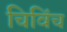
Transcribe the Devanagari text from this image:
चिविंच